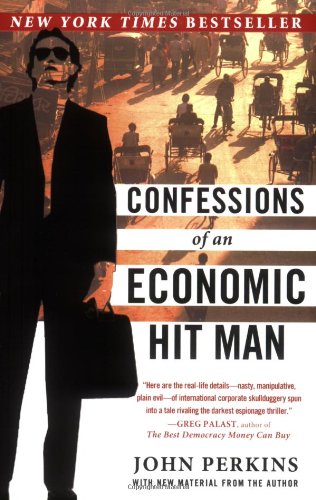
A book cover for Confessions of an Economic Hit Man; John Perkins; Business & Money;